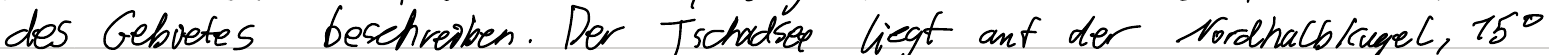
des Gebietes beschreiben. Der Tschadsee liegt auf der Nordhalbkugel, 15°